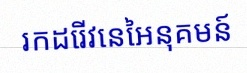
រកដេរីវេនៃអនុគមន៍